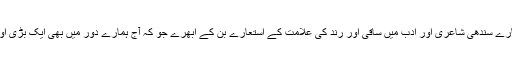
یہاں تک کہ موکھی اور متارے سندھی شاعری اور ادب میں ساقی اور رند کی علامت کے استعارے بن کے ابھرے جو کہ آج ہمارے دور میں بھی ایک بڑی اور غیر معمولی علامت ہے۔